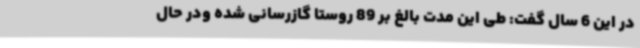
در این 6 سال گفت: طی این مدت بالغ بر 89 روستا گازرسانی شده ودر حال